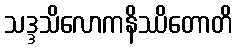
သဒ္ဒသိလောကနိဿိတောတိ